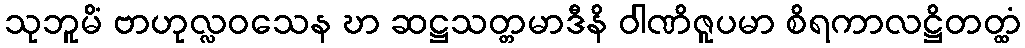
သုဘူမိံ ဗာဟုလ္လဝသေန ဎာ ဆဋ္ဌသတ္တမာဒီနိ ဝါဏိဇူပမာ စိရကာလဋ္ဌိတတ္ထံ